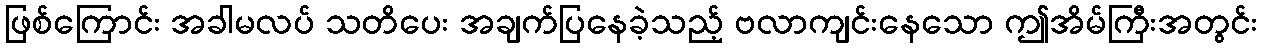
ဖြစ်ကြောင်း အခါမလပ် သတိပေး အချက်ပြနေခဲ့သည့် ဗလာကျင်းနေသော ဤအိမ်ကြီးအတွင်း